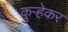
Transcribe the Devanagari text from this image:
कुऱ्हेकर